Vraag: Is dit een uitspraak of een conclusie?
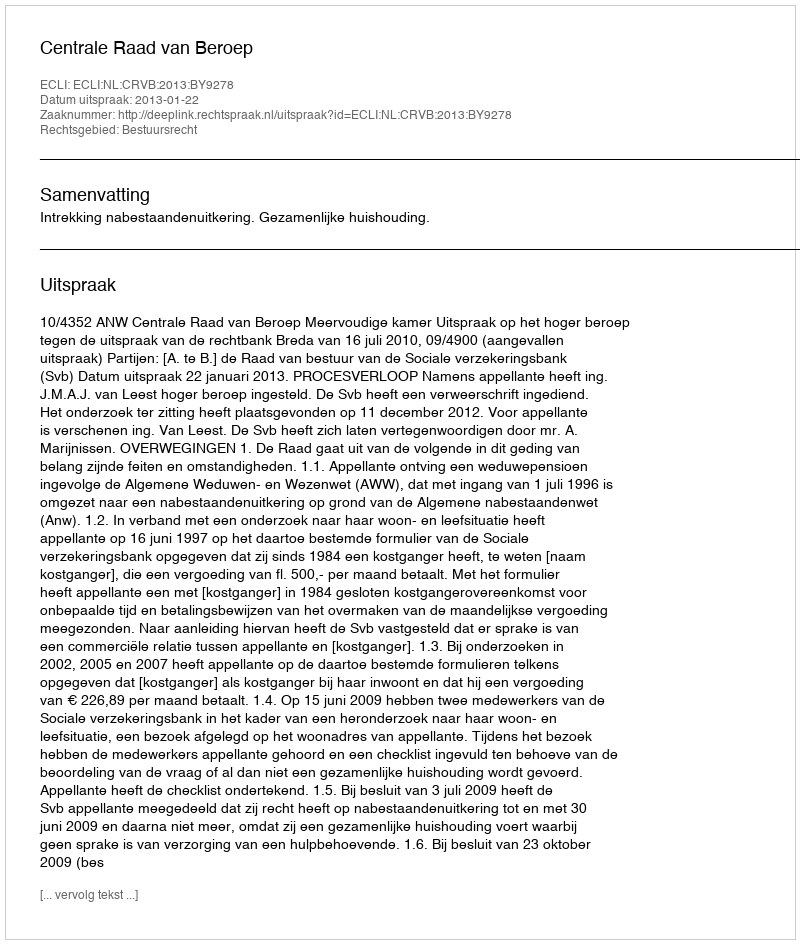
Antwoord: Uitspraak